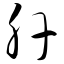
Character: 肝